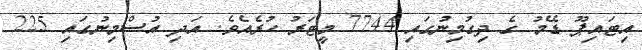
އިޓައިޕޫ ޑޭމު ގެ ދިގުމިނުގައި 7744 މީޓަރު ހުރެއެވެ. އަދި އުސްމިނުގައި 225